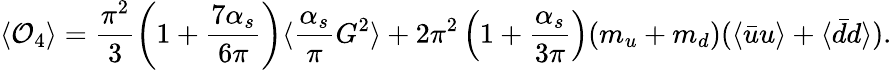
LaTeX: \langle{\cal O}_{4}\rangle=\frac{\pi^{2}}3\left(1+\frac{7\alpha_{s}}{6\pi}\right)\langle\frac{\alpha_{s}}\pi G^{2}\rangle+2\pi^{2}\left(1+\frac{\alpha_{s}}{3\pi}\right)(m_{u}+m_{d})(\langle\bar{u}u\rangle+\langle\bar{d}d\rangle).